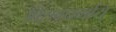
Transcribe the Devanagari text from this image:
विशवधर्माय